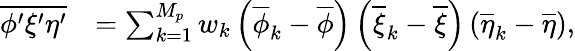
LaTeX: \begin{array}{rl}{\overline{{\phi^{\prime}\xi^{\prime}\eta^{\prime}}}}&{=\sum_{k=1}^{M_{p}}w_{k}\left(\overline{{\phi}}_{k}-\overline{{\phi}}\right)\left(\overline{{\xi}}_{k}-\overline{{\xi}}\right)\left(\overline{{\eta}}_{k}-\overline{{\eta}}\right),}\end{array}